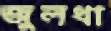
জুলধা